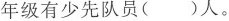
年级有少先队员( )人。